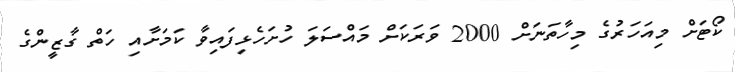
ކޯޓަށް މިއަހަރުގެ މިހާތަނަށް 2000 ވަރަކަށް މައްސަލަ ހުށަހެޅިފައިވާ ކަމަށާއި ހަތް ގާޒީންގެ